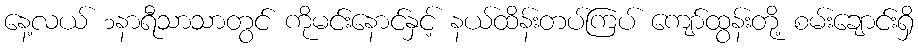
နေ့လယ် ၁နာရီသာသာတွင် ကိုမင်းနောင်နှင့် နယ်ထိန်းတပ်ကြပ် ကျော်ထွန်းတို့ စမ်းချောင်းရှိ